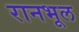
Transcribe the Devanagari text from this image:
रानभूल